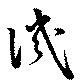
譏